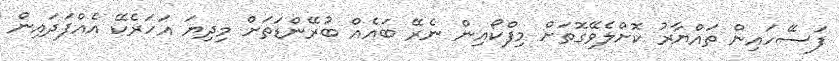
ފަސޭހައިން ތައްޔާރު ކޮށްލެވޭގޮތަށް މިފްކޯއިން ނެރޭ ބައެއް ބުރޭންޑަތަށް މިދިޔަ އަހަރެކޭ އެއްފަދައިން